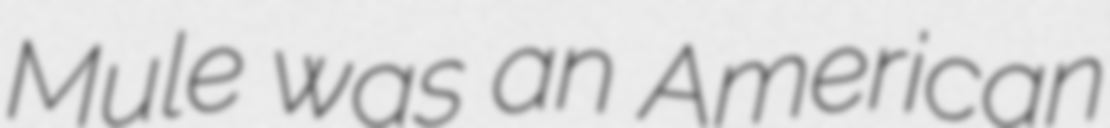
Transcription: Mule was an American